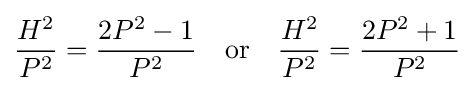
{\frac {H^{2}}{P^{2}}}={\frac {2P^{2}-1}{P^{2}}}\quad {\mbox{or}}\quad {\frac {H^{2}}{P^{2}}}={\frac {2P^{2}+1}{P^{2}}}